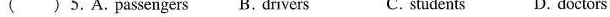
( ) 5. A. Passengers B. Drivers C. students D. doctors